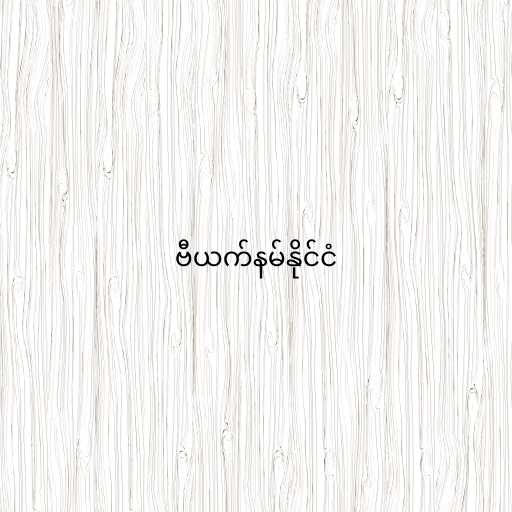
ဗီယက်နမ်နိုင်ငံ